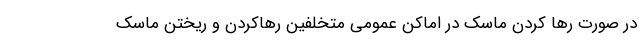
در صورت رها کردن ماسک در اماکن عمومی متخلفین رهاکردن و ریختن ماسک